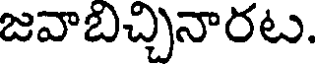
జవాబిచ్చినారట.